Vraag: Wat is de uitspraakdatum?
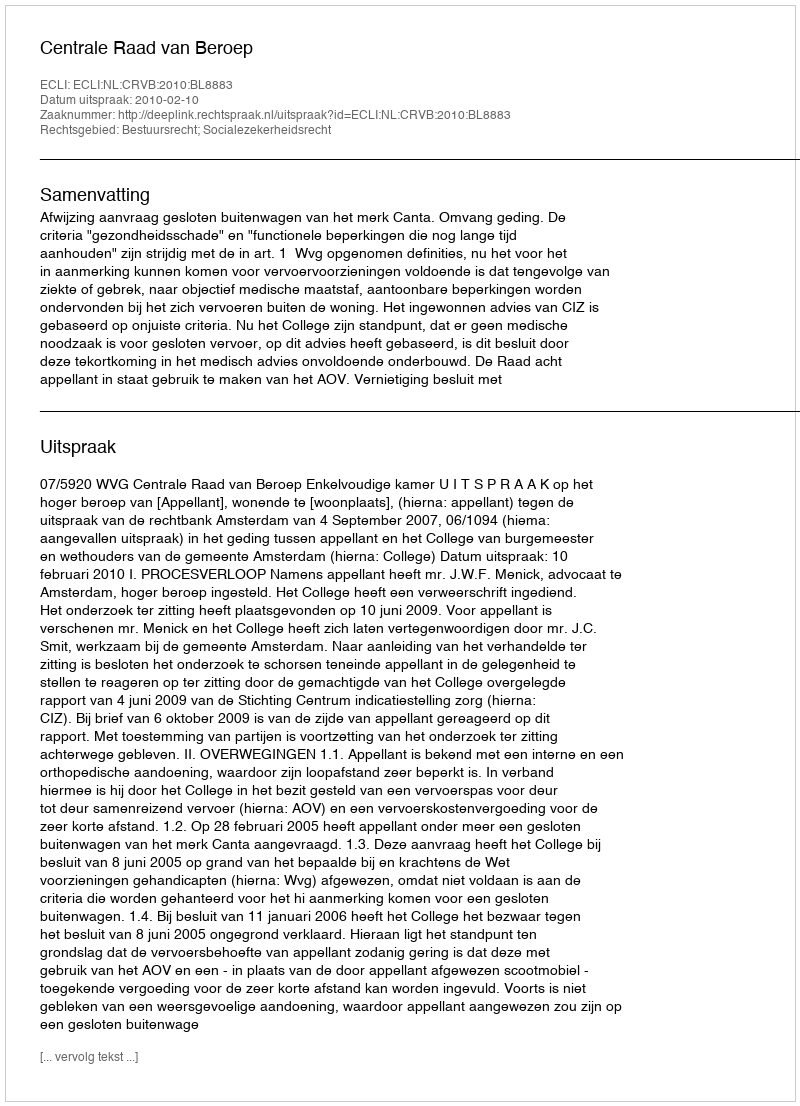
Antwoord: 2010-02-10